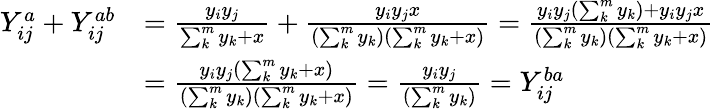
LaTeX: \begin{array}{rl}{Y_{ij}^{a}+Y_{ij}^{ab}}&{=\frac{y_{i}y_{j}}{\sum_{k}^{m}y_{k}+x}+\frac{y_{i}y_{j}x}{(\sum_{k}^{m}y_{k})(\sum_{k}^{m}y_{k}+x)}=\frac{y_{i}y_{j}(\sum_{k}^{m}y_{k})+y_{i}y_{j}x}{(\sum_{k}^{m}y_{k})(\sum_{k}^{m}y_{k}+x)}}\\ &{=\frac{y_{i}y_{j}(\sum_{k}^{m}y_{k}+x)}{(\sum_{k}^{m}y_{k})(\sum_{k}^{m}y_{k}+x)}=\frac{y_{i}y_{j}}{(\sum_{k}^{m}y_{k})}=Y_{ij}^{ba}}\end{array}